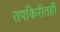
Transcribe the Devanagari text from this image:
तपकिरीतही